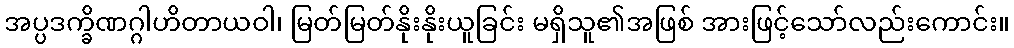
အပ္ပဒက္ခိဏဂ္ဂါဟိတာယဝါ၊ မြတ်မြတ်နိုးနိုးယူခြင်း မရှိသူ၏အဖြစ် အားဖြင့်သော်လည်းကောင်း။